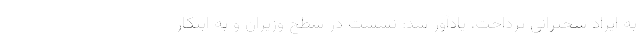
به ایراد سخنرانی پرداخت، یادآور شد: نشست در سطح وزیران و به ابتکار